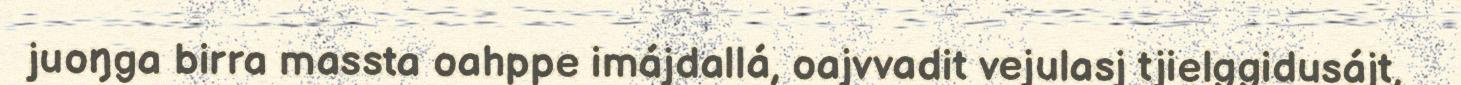
juoŋga birra massta oahppe imájdallá, oajvvadit vejulasj tjielggidusájt,